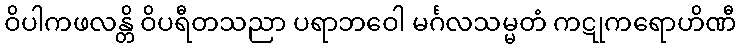
ဝိပါကဖလန္တိ ဝိပရီတသညာ ပရာဘဝေါ မင်္ဂလသမ္မတံ ကဋုကရောဟိဏီ